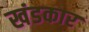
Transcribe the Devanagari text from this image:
खंडकार